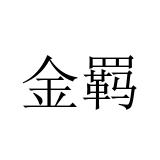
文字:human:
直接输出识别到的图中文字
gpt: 金羁